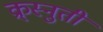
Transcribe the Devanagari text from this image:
क्र्स्नुती